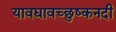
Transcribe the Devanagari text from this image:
यावद्यावच्छुष्कनदी